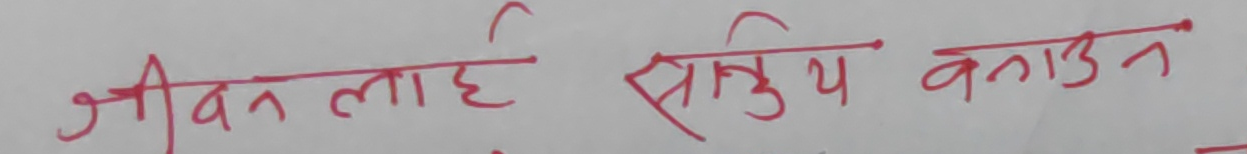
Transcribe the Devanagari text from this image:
जीवन लाई सक्रिय बनाउन